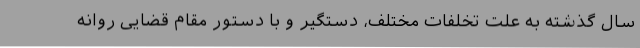
سال گذشته به علت تخلفات مختلف، دستگیر و با دستور مقام قضایی روانه